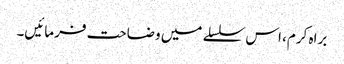
براہ کرم، اس سلسلے میں وضاحت فرمائیں۔